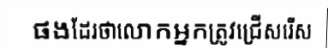
ផងដែរថាលោកអ្នកត្រូវជ្រើសរើស